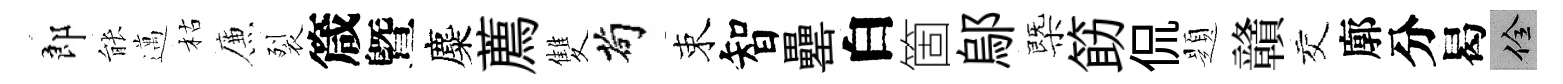
郎䏻邁枯簾裂箴曁麋薦雙茍束智罍白箇鄔㮣筯侃題贛交廓分曷佺